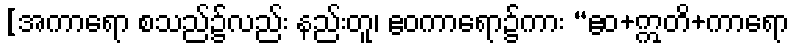
[အကာရော စသည်၌လည်း နည်းတူ၊ ဧဝကာရော၌ကား “ဧဝ+ဣတိ+ကာရော